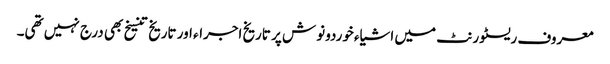
معروف ریسٹورنٹ میں اشیاء خوردونوش پر تاریخ اجراء اور تاریخ تنسیخ بھی درج نہیں تھی۔